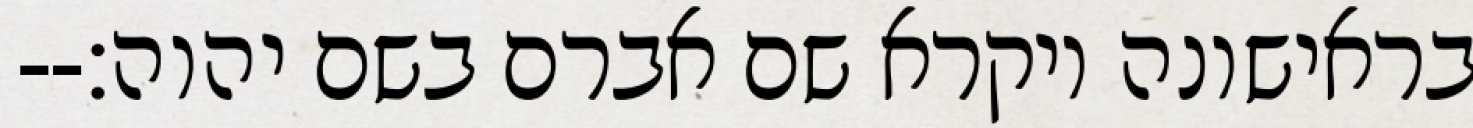
בראישונה ויקרא שם אברם בשם יהוה׃--